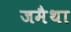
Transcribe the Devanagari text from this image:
जमैथा